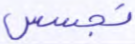
تجسس